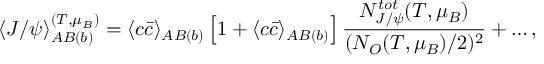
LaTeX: \langle J / \psi \rangle _ { A B ( b ) } ^ { ( T , \mu _ { B } ) } = \langle c \bar { c } \rangle _ { A B ( b ) } \left[ 1 + \langle c \bar { c } \rangle _ { A B ( b ) } \right] \frac { N _ { J / \psi } ^ { t o t } ( T , \mu _ { B } ) } { ( N _ { O } ( T , \mu _ { B } ) / 2 ) ^ { 2 } } + \dots ,